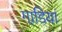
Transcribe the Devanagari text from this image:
गाडि़यां